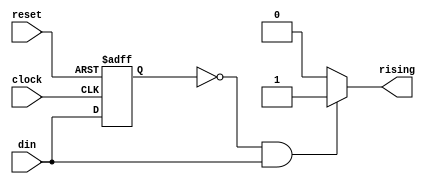
module edge_detector_no_count
(
  input clock, reset, din,
  output rising
);

  reg din_reg;

  assign rising = (din_reg == 1'b0 && din == 1'b1) ? 1'b1 : 1'b0;

  always @(posedge clock or posedge reset)
  begin
    if (reset == 1'b1) begin
      din_reg <= 1'b0;
    end
    else begin
      din_reg <= din;
    end
  end

endmodule